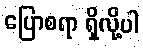
ပြောစရာ ရှိလို့ပါ